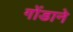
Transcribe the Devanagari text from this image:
गोंडाने